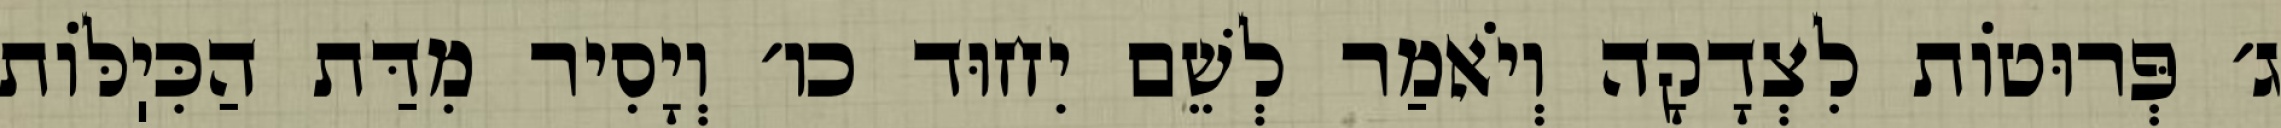
ג׳ פְּרוּטוֹת לִצְדָקָה וְיֹאמַר לְשֵׁם יִחוּד כו׳ וְיָסִיר מִדַּת הַכִּיֽלּוֹת